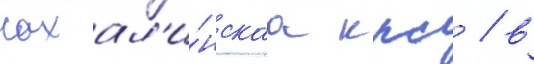
сахал'и́нскаа ккс / в